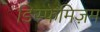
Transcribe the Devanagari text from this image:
डिस्फेमिज़म